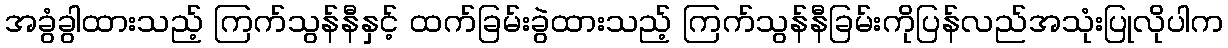
အခွံခွါထားသည့် ကြက်သွန်နီနှင့် ထက်ခြမ်းခွဲထားသည့် ကြက်သွန်နီခြမ်းကိုပြန်လည်အသုံးပြုလိုပါက